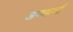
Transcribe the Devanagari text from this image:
अण्णाची